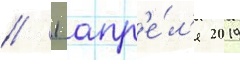
/ 1 апр'е́л'я 2019